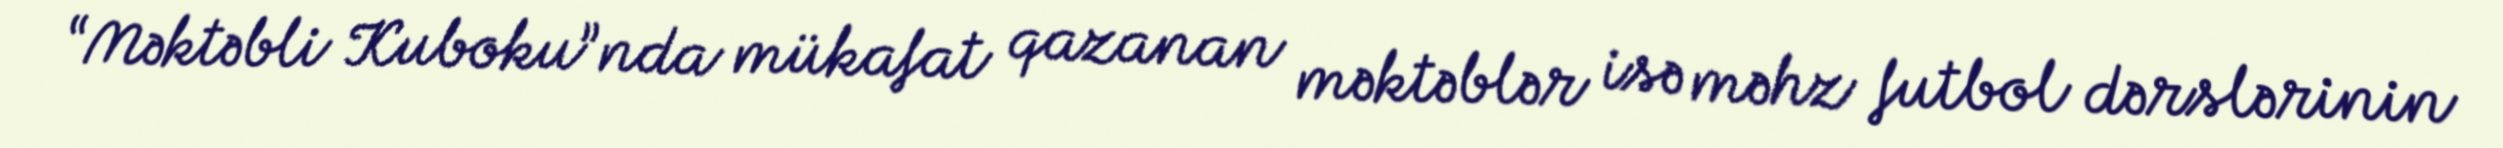
“Məktəbli Kuboku”nda mükafat qazanan məktəblər isə məhz futbol dərslərinin